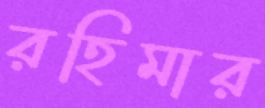
রহিমার